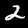
Label: 2